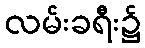
လမ်းခရီး၌